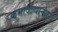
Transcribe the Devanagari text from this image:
कमावल्यानंतर